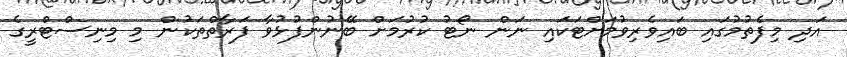
އަދި މިފެތުމުގައި ބައިވެރިވުމަށްޓަކައި ނަން ނޯޓު ކުރުމަށް ބޭނުންފުޅުވާ ފަރާތްތަކުން މި މިނިސްޓްރީގެ